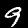
Label: 9